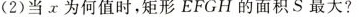
(2)当x为何值时，矩形EFGH的面积S最大?